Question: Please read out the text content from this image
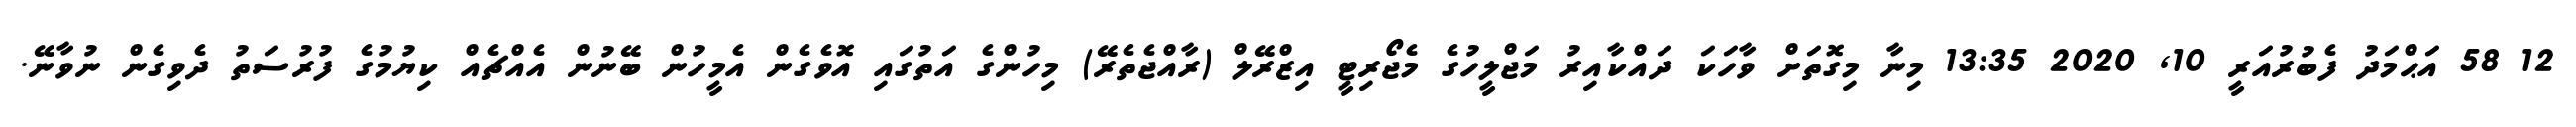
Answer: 12 58 އަޙްމަދު ފެބުރުއަރީ 10, 2020 13:35 މިނާ މިގޮތަށް ވާހަކަ ދައްކާއިރު މަޖްލީހުގެ މެޖޯރިޓީ އިޒްރޭލް (ރާއްޖެތެރޭ) މިހުންގެ އަތުގައި އޮވެގެން އެމީހުން ބޭނުން އެއްޗެއް ކިޔުމުގެ ފުރުސަތު ދެވިގެން ނުވާނޭ.